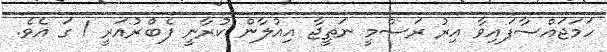
ހަމަޖައްސާފައިވާ އިރު ރަސްމީ ނަތީޖާ އިއުލާން ކުރާނީ ފެބްރުއަރީ 1 ގަ އެވެ.